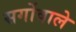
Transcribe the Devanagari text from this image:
सर्गोवाले